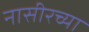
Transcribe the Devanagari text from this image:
नासीरच्या